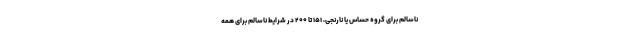
ناسالم برای گروه حساس یا نارنجی، ۱۵۱ تا ۲۰۰ در شرایط ناسالم برای همه